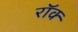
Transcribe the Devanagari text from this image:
रॉक्‍